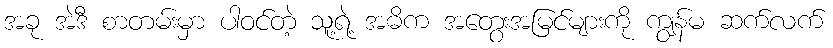
အခု အဲဒီ စာတမ်းမှာ ပါဝင်တဲ့ သူ့ရဲ့ အဓိက အတွေးအမြင်များကို ကျွန်မ ဆက်လက်